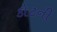
કોટની